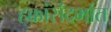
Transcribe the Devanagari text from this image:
हक्कांसंदर्भात